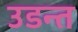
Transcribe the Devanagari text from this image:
उडन्त